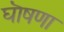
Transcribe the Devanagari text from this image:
घॊषणा